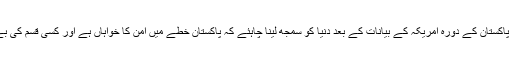
انہوں نے کہا کہ وزیر اعظم پاکستان کے دورہ امریکہ کے بیانات کے بعد دنیا کو سمجھ لینا چاہئے کہ پاکستان خطے میں امن کا خواہاں ہے اور کسی قسم کی بے چینی اور جنگ نہیں چاہتا۔